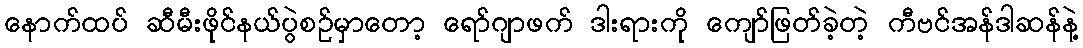
နောက်ထပ် ဆီမီးဖိုင်နယ်ပွဲစဉ်မှာတော့ ရော်ဂျာဖက် ဒါးရားကို ကျော်ဖြတ်ခဲ့တဲ့ ကီဗင်အန်ဒါဆန်နဲ့